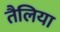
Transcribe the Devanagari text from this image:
तैलिया